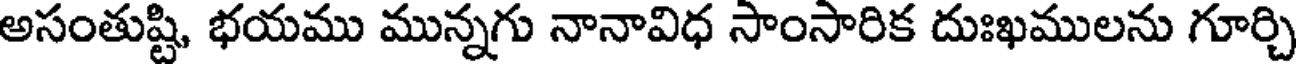
అసంతుష్టి, భయము మున్నగు నానావిధ సాంసారిక దుఃఖములను గూర్చి